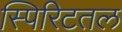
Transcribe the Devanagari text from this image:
स्पिरिटतल